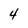
Character: 4